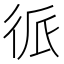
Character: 𱝯